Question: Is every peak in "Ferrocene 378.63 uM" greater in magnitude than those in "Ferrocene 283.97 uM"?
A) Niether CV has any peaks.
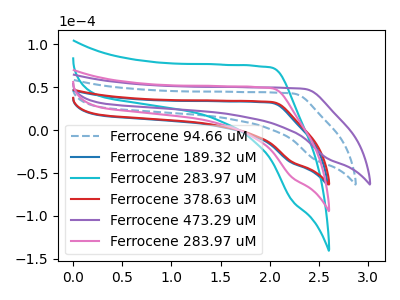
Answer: <think>The blue dashed curve "Ferrocene 94.66 uM" has no peaks. The blue curve "Ferrocene 189.32 uM" has no peaks. The cyan curve "Ferrocene 283.97 uM" has no peaks. The red curve "Ferrocene 378.63 uM" has no peaks. The purple curve "Ferrocene 473.29 uM" has no peaks. The pink curve "Ferrocene 283.97 uM" has no peaks.</think>
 <answer>A) Niether CV has any peaks.</answer>
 <eval>A</eval>